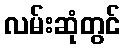
လမ်းဆုံတွင်